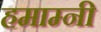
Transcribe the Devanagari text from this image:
हमाम्नी